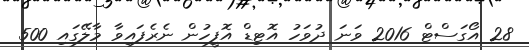
28 އޯގަސްޓް 2016 ވަނަ ދުވަހު އޮޓިޑް އޮފީހުން ނެރެފައިވާ މާލޭގައި 500